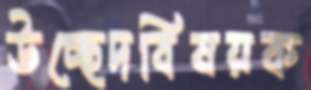
উচ্ছেদবিষয়ক